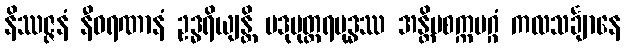
နိဿဇ္ဇနံ နီဝရဏာနံ ဥဒ္ဓရိယျန္တိ ပဒုမုတ္တရဗုဒ္ဓဿ အန္တိမစက္ကမဂ္ဂံ ကလသင်္ချာနေ